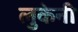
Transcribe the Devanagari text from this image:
लुकेनी